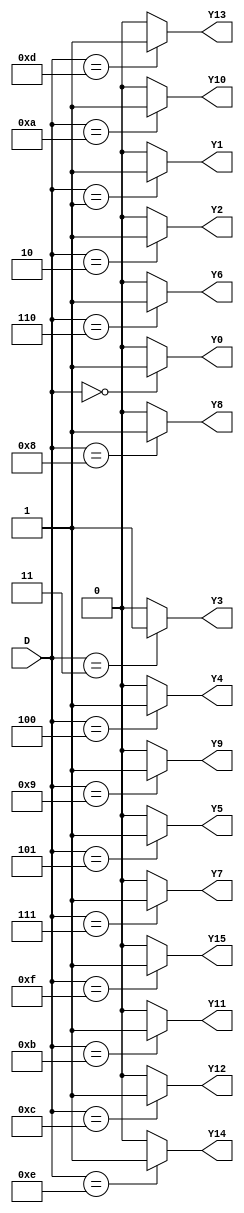
module demultiplexer(input [3:0] D,
                        output reg Y0, Y1, Y2, Y3, Y4, Y5, Y6, Y7, Y8, Y9, Y10, Y11, Y12, Y13, Y14, Y15);

always @(D) begin
    Y0 = (D == 4'b0000) ? 1'b1 : 1'b0;
    Y1 = (D == 4'b0001) ? 1'b1 : 1'b0;
    Y2 = (D == 4'b0010) ? 1'b1 : 1'b0;
    Y3 = (D == 4'b0011) ? 1'b1 : 1'b0;
    Y4 = (D == 4'b0100) ? 1'b1 : 1'b0;
    Y5 = (D == 4'b0101) ? 1'b1 : 1'b0;
    Y6 = (D == 4'b0110) ? 1'b1 : 1'b0;
    Y7 = (D == 4'b0111) ? 1'b1 : 1'b0;
    Y8 = (D == 4'b1000) ? 1'b1 : 1'b0;
    Y9 = (D == 4'b1001) ? 1'b1 : 1'b0;
    Y10 = (D == 4'b1010) ? 1'b1 : 1'b0;
    Y11 = (D == 4'b1011) ? 1'b1 : 1'b0;
    Y12 = (D == 4'b1100) ? 1'b1 : 1'b0;
    Y13 = (D == 4'b1101) ? 1'b1 : 1'b0;
    Y14 = (D == 4'b1110) ? 1'b1 : 1'b0;
    Y15 = (D == 4'b1111) ? 1'b1 : 1'b0;
end

endmodule